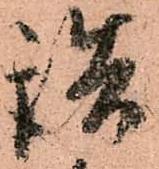
詰